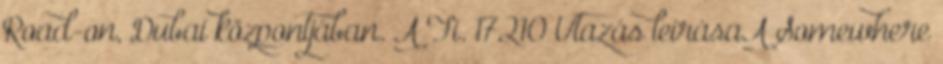
Road-on, Dubai központjában. A Fi. 17210 Utazás leírásaA Somewhere